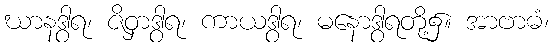
ဃာနဒွါရ၊ ဇိဝှာဒွါရ၊ ကာယဒွါရ၊ မနောဒွါရတို့၌။ အာဗာဓံ၊